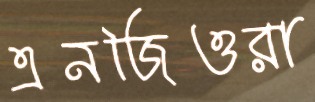
এনজিওরা